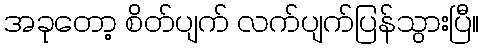
အခုတော့ စိတ်ပျက် လက်ပျက်ပြန်သွားပြီ။